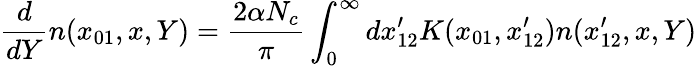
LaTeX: {\frac{d}{dY}}n(x_{01},x,Y)={\frac{2\alpha N_{c}}{\pi}}\int_{0}^{\infty}dx_{12}^{\prime}K(x_{01},x_{12}^{\prime})n(x_{12}^{\prime},x,Y)